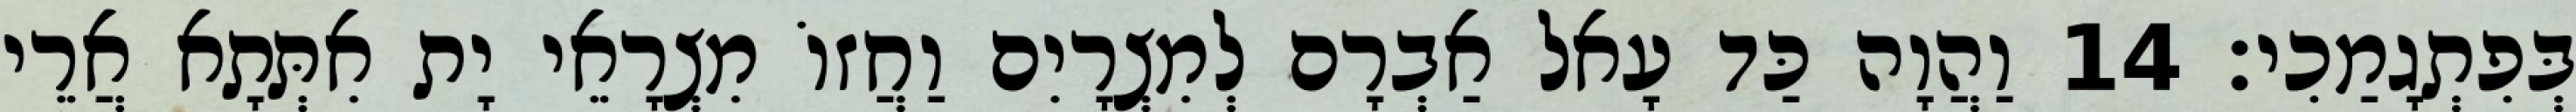
בְּפִתְגָמַכִי׃ 14 וַהֲוָה כַּד עָאל אַבְרָם לְמִצְרָיִם וַחֲזוֹ מִצְרָאֵי יָת אִתְּתָא אֲרֵי